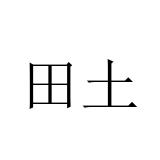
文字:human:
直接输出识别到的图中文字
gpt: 田土